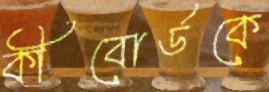
কীবোর্ডকে